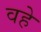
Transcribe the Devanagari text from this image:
वहे